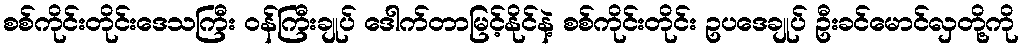
စစ်ကိုင်းတိုင်းဒေသကြီး ဝန်ကြီးချုပ် ဒေါက်တာမြင့်နိုင်နဲ့ စစ်ကိုင်းတိုင်း ဥပဒေချုပ် ဦးခင်မောင်လှတို့ကို